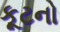
કૂટનો